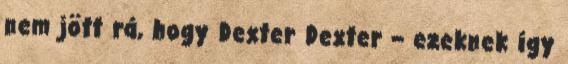
nem jött rá, hogy Dexter Dexter – ezeknek így